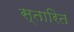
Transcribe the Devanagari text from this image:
स्तारित